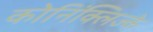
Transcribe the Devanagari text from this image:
कोनिंक्लिज्के